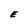
Character: E